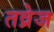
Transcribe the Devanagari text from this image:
तव्रेज